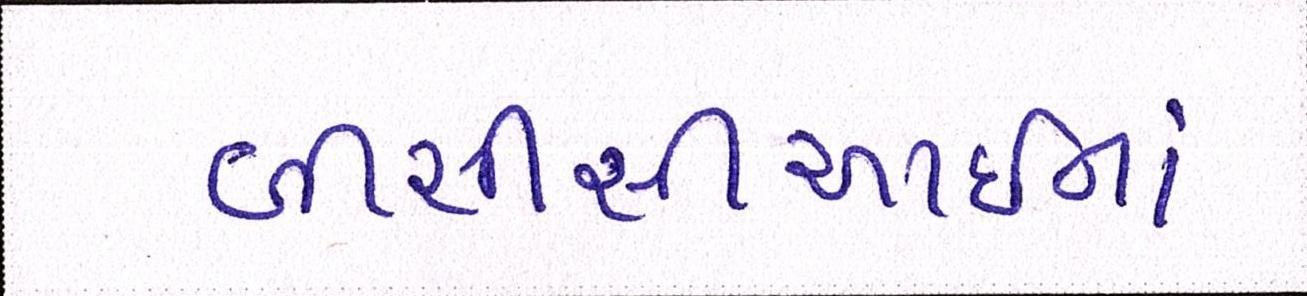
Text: બીસીસીઆઈમાં